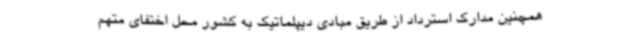
همچنین مدارک استرداد از طریق مبادی دیپلماتیک به کشور محل اختفای متهم